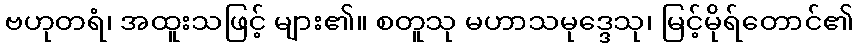
ဗဟုတရံ၊ အထူးသဖြင့် များ၏။ စတူသု မဟာသမုဒ္ဒေသု၊ မြင့်မိုရ်တောင်၏